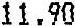
11.90